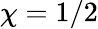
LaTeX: \chi=1/2